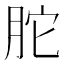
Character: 𦚐